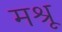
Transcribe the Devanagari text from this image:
मश्रू